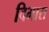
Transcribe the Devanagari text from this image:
विभारा